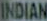
INDIAN